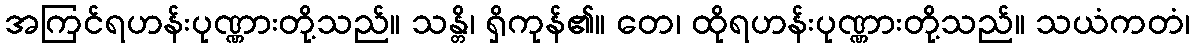
အကြင်ရဟန်းပုဏ္ဏားတို့သည်။ သန္တိ၊ ရှိကုန်၏။ တေ၊ ထိုရဟန်းပုဏ္ဏားတို့သည်။ သယံကတံ၊